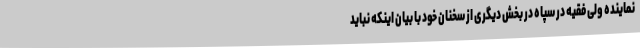
نماینده ولی فقیه در سپاه در بخش دیگری از سخنان خود با بیان اینکه نباید